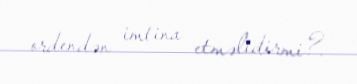
ordendən imtina etməlidirmi?.